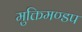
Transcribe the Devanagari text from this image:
मुक्तिमण्डप